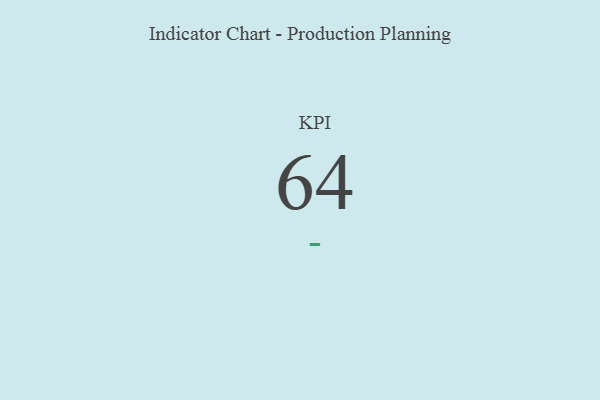
{"axis": {"x": "KPI", "y": "Value"}, "legend": [""], "data": [{"x": "KPI", "y": 64, "type": ""}]}